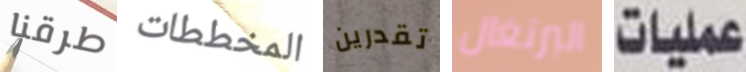
طرقنا المخططات تقدرين البرتغال عمليات